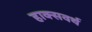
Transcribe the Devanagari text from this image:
हाक्सवर्थ